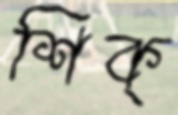
শিক্